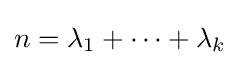
n=\lambda _{1}+\cdots +\lambda _{k}